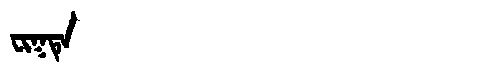
Manchu: ᠸᡳᡴᡨᡝ
Romanization: FIKTE